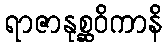
ရာဇာနုစ္ဆဝိကာနိ